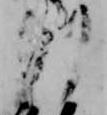
列